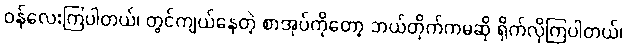
ဝန်လေးကြပါတယ်၊ တွင်ကျယ်နေတဲ့ စာအုပ်ကိုတော့ ဘယ်တိုက်ကမဆို ရိုက်လိုကြပါတယ်၊